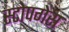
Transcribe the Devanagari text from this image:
स्टोपगेस